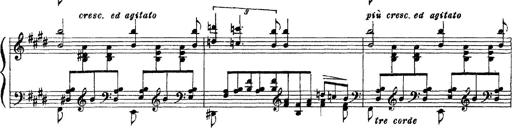
Title: 3 sonetti di Petrarca
Composer: Franz Liszt